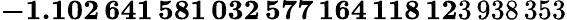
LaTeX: \mathbf{-1.102\, 641\, 581\, 032\, 577\, 164\, 118\, 12}3\, 938\, 353